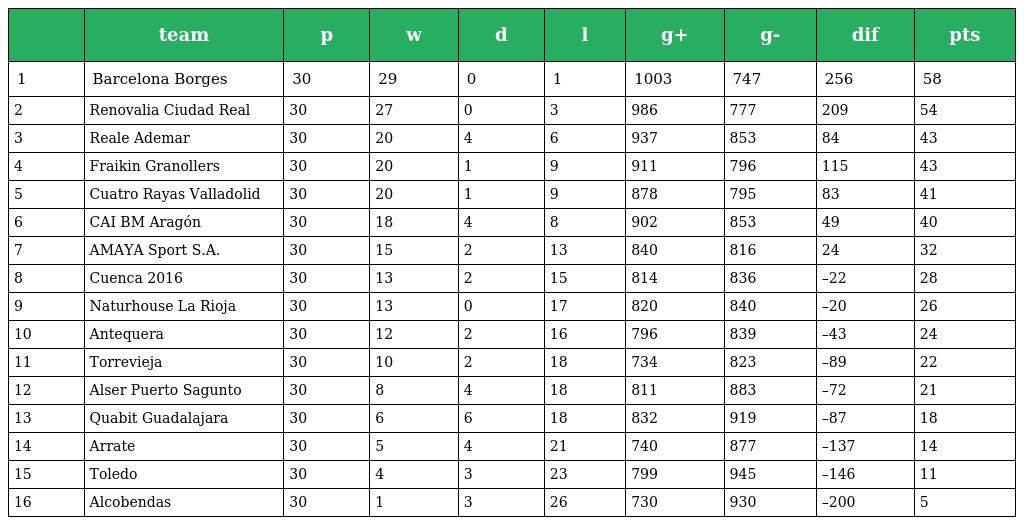
|  | team | p | w | d | l | g+ | g- | dif | pts |
 | --- | --- | --- | --- | --- | --- | --- | --- | --- | --- |
 | 1 | Barcelona Borges | 30 | 29 | 0 | 1 | 1003 | 747 | 256 | 58 |
 | 2 | Renovalia Ciudad Real | 30 | 27 | 0 | 3 | 986 | 777 | 209 | 54 |
 | 3 | Reale Ademar | 30 | 20 | 4 | 6 | 937 | 853 | 84 | 43 |
 | 4 | Fraikin Granollers | 30 | 20 | 1 | 9 | 911 | 796 | 115 | 43 |
 | 5 | Cuatro Rayas Valladolid | 30 | 20 | 1 | 9 | 878 | 795 | 83 | 41 |
 | 6 | CAI BM Aragón | 30 | 18 | 4 | 8 | 902 | 853 | 49 | 40 |
 | 7 | AMAYA Sport S.A. | 30 | 15 | 2 | 13 | 840 | 816 | 24 | 32 |
 | 8 | Cuenca 2016 | 30 | 13 | 2 | 15 | 814 | 836 | –22 | 28 |
 | 9 | Naturhouse La Rioja | 30 | 13 | 0 | 17 | 820 | 840 | –20 | 26 |
 | 10 | Antequera | 30 | 12 | 2 | 16 | 796 | 839 | –43 | 24 |
 | 11 | Torrevieja | 30 | 10 | 2 | 18 | 734 | 823 | –89 | 22 |
 | 12 | Alser Puerto Sagunto | 30 | 8 | 4 | 18 | 811 | 883 | –72 | 21 |
 | 13 | Quabit Guadalajara | 30 | 6 | 6 | 18 | 832 | 919 | –87 | 18 |
 | 14 | Arrate | 30 | 5 | 4 | 21 | 740 | 877 | –137 | 14 |
 | 15 | Toledo | 30 | 4 | 3 | 23 | 799 | 945 | –146 | 11 |
 | 16 | Alcobendas | 30 | 1 | 3 | 26 | 730 | 930 | –200 | 5 |